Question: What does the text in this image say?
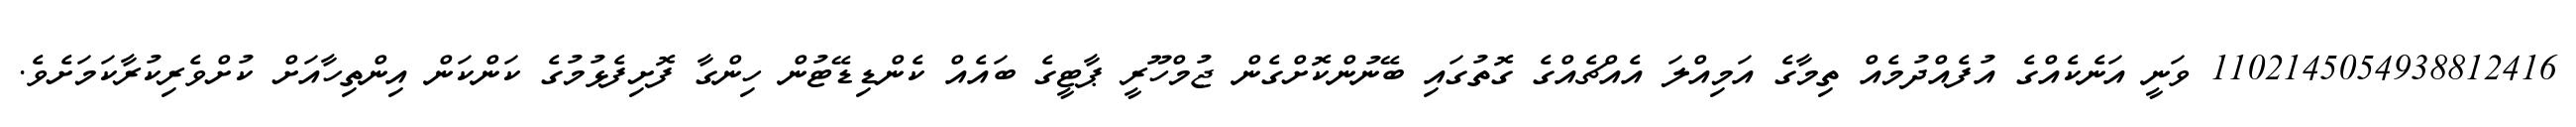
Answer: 1102145054938812416 ވަނީ އަނެކެއްގެ އުފެއްދުމެއް ތިމާގެ އަމިއްލަ އެއްޗެއްގެ ގޮތުގައި ބޭނުންކޮށްގެން ޖުމްހޫރީ ޕާޓީގެ ބައެއް ކެންޑިޑޭޓުން ހިންގާ ފޮށިފެޅުމުގެ ކަންކަން އިންތިހާއަށް ކުށްވެރިކުރާކަމަށެވެ.